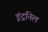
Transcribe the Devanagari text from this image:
इंद्रनिल